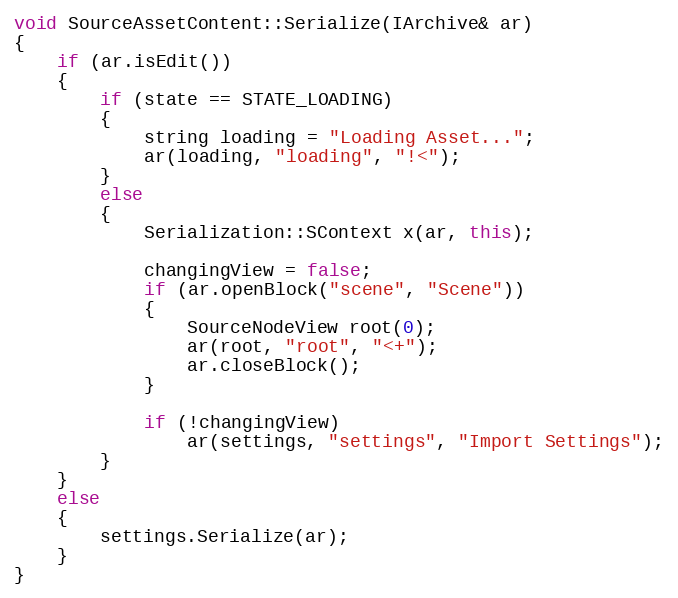
Language: C++
void SourceAssetContent::Serialize(IArchive& ar)
{
	if (ar.isEdit())
	{
		if (state == STATE_LOADING)
		{
			string loading = "Loading Asset...";
			ar(loading, "loading", "!<");
		}
		else
		{
			Serialization::SContext x(ar, this);

			changingView = false;
			if (ar.openBlock("scene", "Scene"))
			{
				SourceNodeView root(0);
				ar(root, "root", "<+");
				ar.closeBlock();
			}

			if (!changingView)
				ar(settings, "settings", "Import Settings");
		}
	}
	else
	{
		settings.Serialize(ar);
	}
}